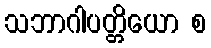
သဘာဂါပတ္တိယော စ